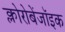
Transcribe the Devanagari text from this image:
क्लोरोबेंजॉइक